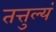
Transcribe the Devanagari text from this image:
तत्तुल्यं